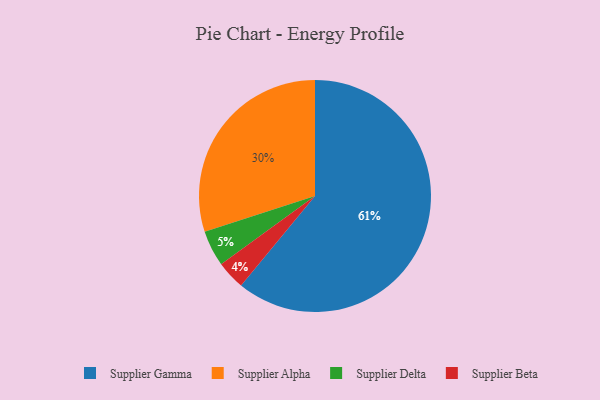
{"axis": {"x": "Category", "y": "Percentage"}, "legend": ["Supplier Alpha", "Supplier Beta", "Supplier Delta", "Supplier Gamma"], "data": [{"x": "Supplier Beta", "y": 4, "type": "Supplier Beta"}, {"x": "Supplier Gamma", "y": 61, "type": "Supplier Gamma"}, {"x": "Supplier Delta", "y": 5, "type": "Supplier Delta"}, {"x": "Supplier Alpha", "y": 30, "type": "Supplier Alpha"}]}